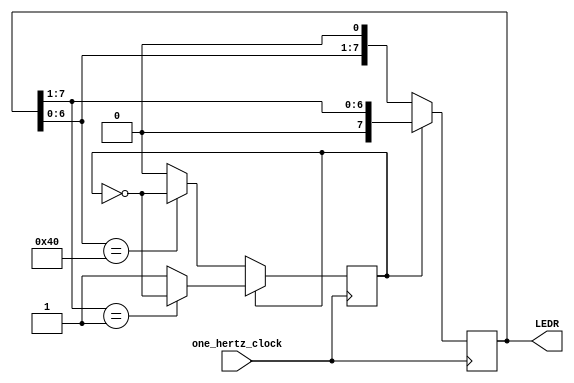
module one_hertz_clock(one_hertz_clock, LEDR);
	input one_hertz_clock;
	output reg[7:0] LEDR = 8'b00000001;
	reg flag = 0; 
	
	
	always @(posedge one_hertz_clock) begin
		//case(current_state)
		if (flag) begin  
			LEDR = LEDR >> 1; 
			if (LEDR == 8'b00000001) 
				flag = ~flag;
		end 
		else begin 
			LEDR = LEDR << 1; 
			if (LEDR == 8'b10000000) 
				flag = ~flag;
		end 	
	end
endmodule